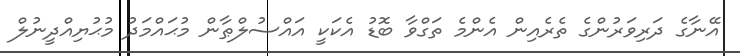
އޭނާގެ ދަރިވަރުންގެ ތެރެއިން އެންމެ ތަގްވާ ބޮޑު އެކަކީ އައްސުލްޠާން މުޙައްމަދު މުޙުޔިއްދީނުލް